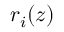
r _ { i } ( z )